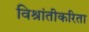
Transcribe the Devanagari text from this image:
विश्रांतीकरिता